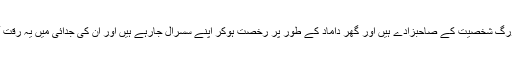
میں نے اندازہ لگایا کہ شاید یہ کم عمر صاحب، ان بزرگ شخصیت کے صاحبزادے ہیں اور گھر داماد کے طور پر رخصت ہوکر اپنے سسرال جارہے ہیں اور ان کی جدائی میں یہ رقت آمیز (دیکھنے والوں کے لئے) محفل سجائی گئی ہے!